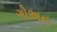
ગોઅન